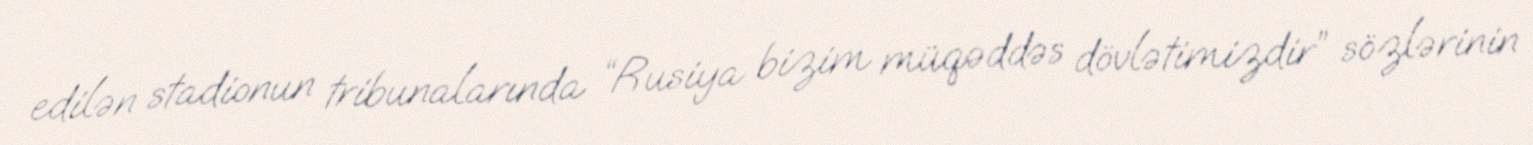
edilən stadionun tribunalarında “Rusiya bizim müqəddəs dövlətimizdir” sözlərinin